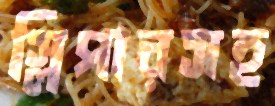
স্লিপারসহ